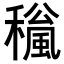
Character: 𥣍